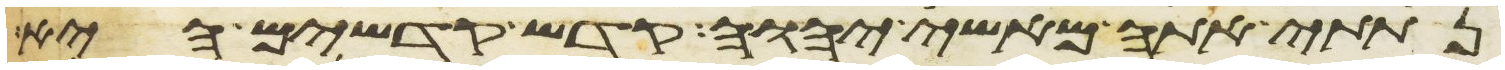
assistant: נתתי אתה מאשי יהוה קדש קדשים היא